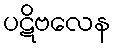
ပဋိဗလေန